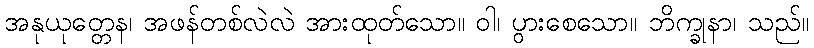
အနုယုတ္တေန၊ အဖန်တစ်လဲလဲ အားထုတ်သော။ ဝါ၊ ပွားစေသော။ ဘိက္ခုနာ၊ သည်။